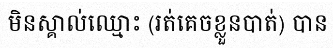
មិនស្គាល់ឈ្មោះ (រត់គេចខ្លួនបាត់) បាន